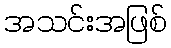
အသင်းအဖြစ်